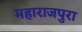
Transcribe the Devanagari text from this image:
महाराजपुरा